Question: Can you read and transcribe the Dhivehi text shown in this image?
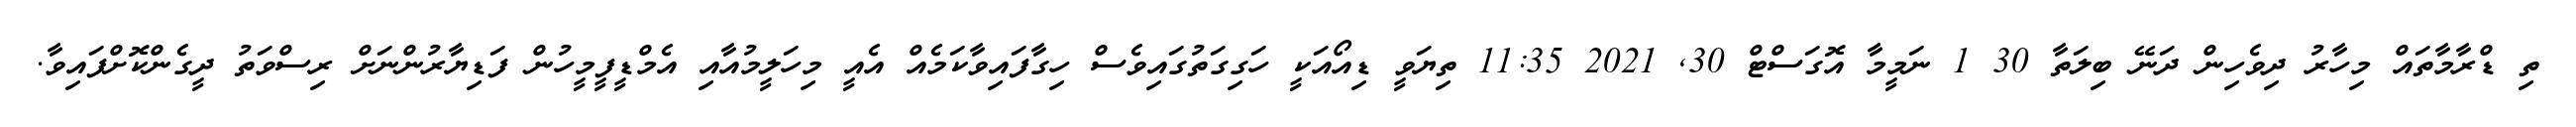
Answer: ތި ޑްރާމާތައް މިހާރު ދިވެހިން ދަނޭ ބިލަތާ 30 1 ނަމީމާ އޮގަސްޓް 30, 2021 11:35 ތިޔަވީ ޑިއޯއަކީ ހަގިގަތުގައިވެސް ހިގާފައިވާކަމެއް އެއީ މިހަލީމުއާއި އެމްޑީފީމީހުން ފަޑިޔާރުންނަށް ރިސްވަތު ދީގެންކޮށްފައިވާ.